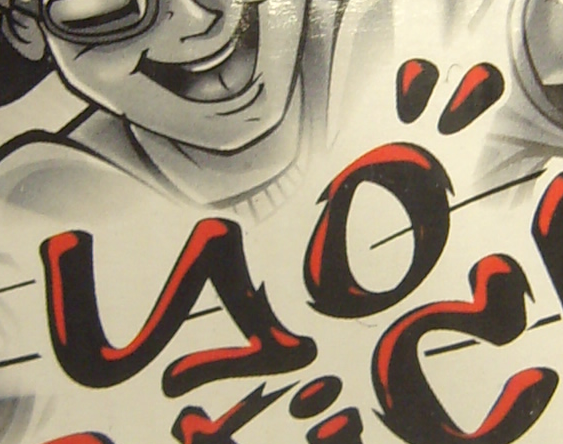
yo"